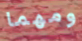
ومهما